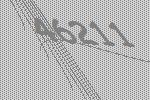
46211